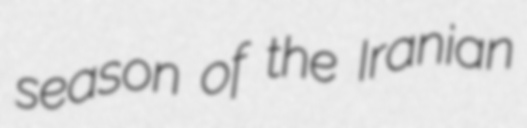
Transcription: season of the Iranian